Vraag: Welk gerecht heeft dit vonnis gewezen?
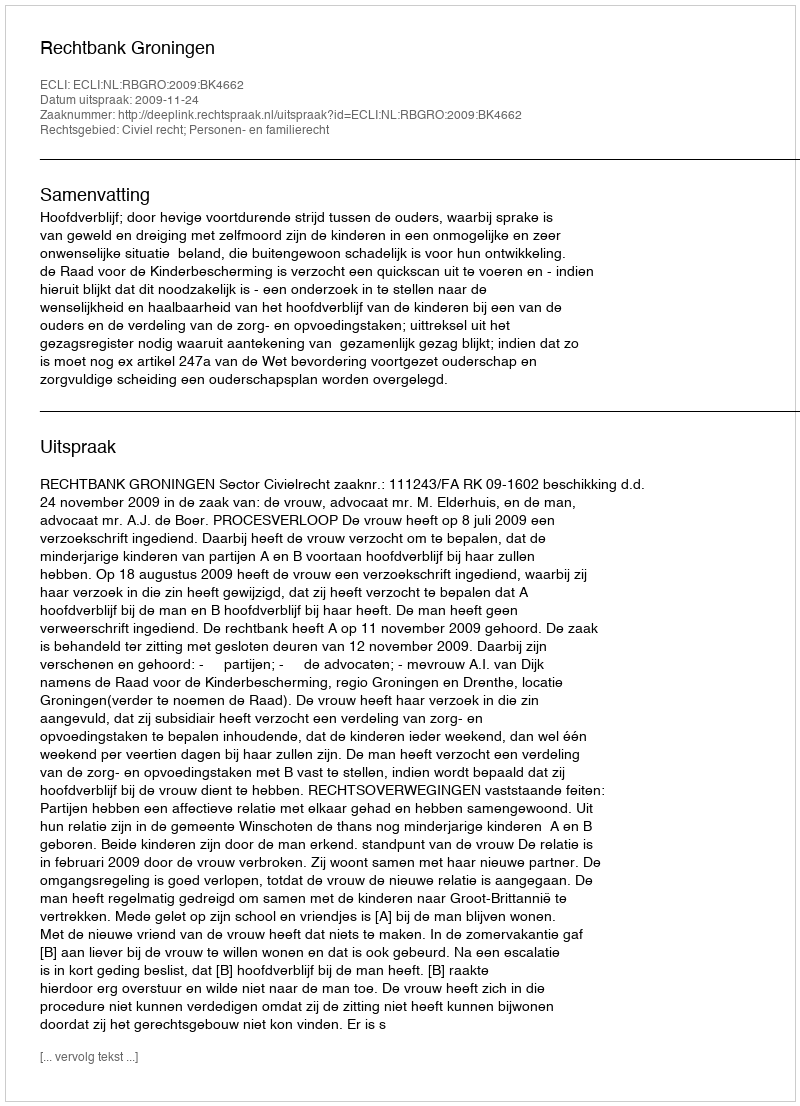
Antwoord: Rechtbank Groningen